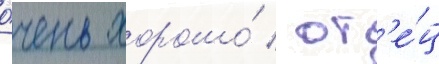
о́чень хорошо́ / от'е́ц